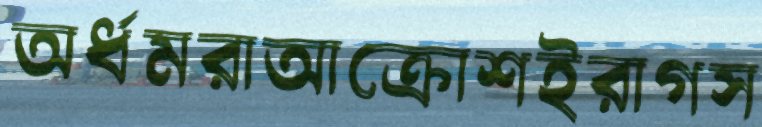
অর্ধমরাআক্রোশইরাগস